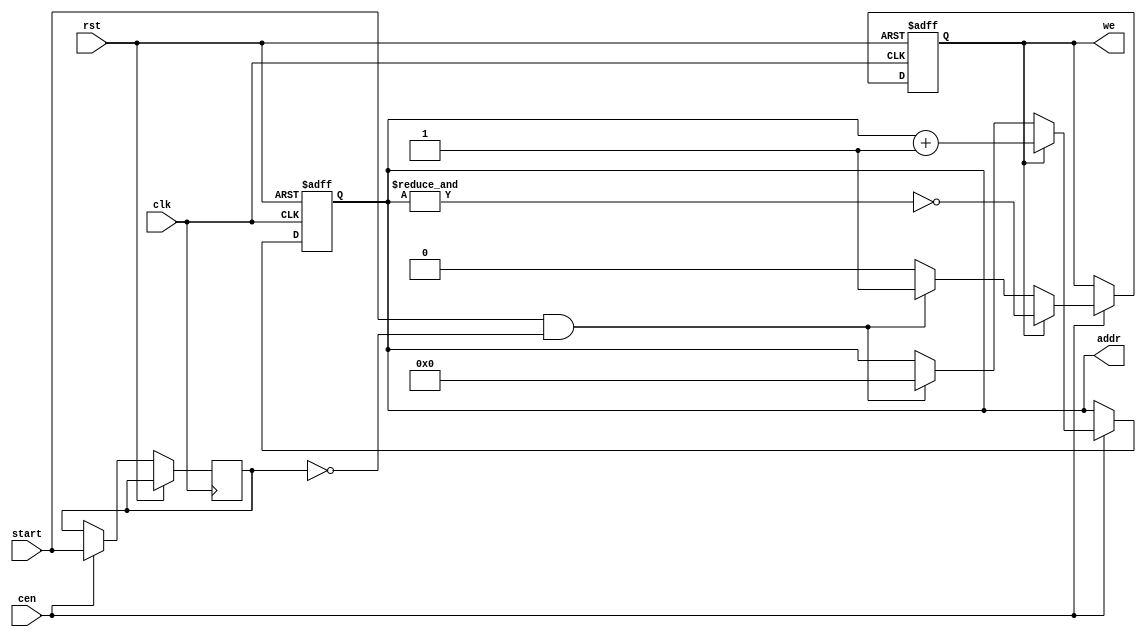
/*  This file is part of JTFRAME.
    JTFRAME program is free software: you can redistribute it and/or modify
    it under the terms of the GNU General Public License as published by
    the Free Software Foundation, either version 3 of the License, or
    (at your option) any later version.

    JTFRAME program is distributed in the hope that it will be useful,
    but WITHOUT ANY WARRANTY; without even the implied warranty of
    MERCHANTABILITY or FITNESS FOR A PARTICULAR PURPOSE.  See the
    GNU General Public License for more details.

    You should have received a copy of the GNU General Public License
    along with JTFRAME.  If not, see <http://www.gnu.org/licenses/>.

    Author: Jose Tejada Gomez. Twitter: @topapate
    Version: 1.0
    Date: 18-21-2022 */

// Copy one BRAM to another at the edge of a signal
// cen can be used to slow down the process
// cen cannot bet set to 1 or the copy will fail

module jtframe_bram_dma #( parameter
    AW  = 11
)(
    input               rst,
    input               clk,
    input               cen, // cannot be 1'b1 or the copy will fail
    output reg [AW-1:0] addr,
    input               start,
    output reg          we
);

reg sl;

always @(posedge clk, posedge rst) begin
    if( rst ) begin
        we   <= 0;
        addr <= 0;
    end else if(cen) begin
        sl <= start;
        if( start & ~sl ) begin
            addr <= 0;
            we   <= 1;
        end
        if( we ) begin
            addr <= addr + 1'd1;
            we   <= ~&addr;
        end
    end
end

endmodule